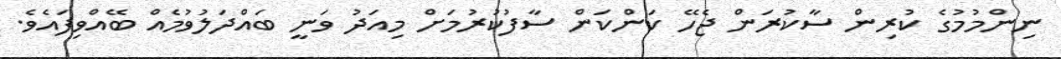
ނިންމުމުގެ ކުރިން ސާކުރަން ޖެހޭ ކަންކަން ސާފުކުރުމަށް މިއަދު ވަނީ ބައްދަލުވުމެއް ބޭއްވިފައެވެ.